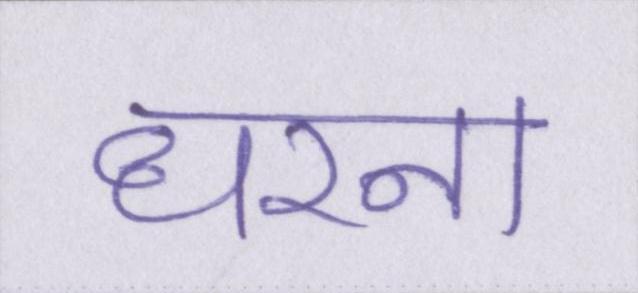
धरना